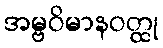
အမ္ဗဝိမာနဝတ္ထု